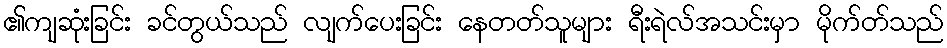
၏ကျဆုံးခြင်း ခင်တွယ်သည် လျက်ပေးခြင်း နေတတ်သူများ ရီးရဲလ်အသင်းမှာ မိုက်တ်သည်